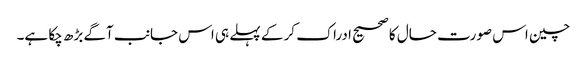
چین اس صورت حال کا صحیح ادراک کر کے پہلے ہی اس جانب آگے بڑھ چکا ہے۔